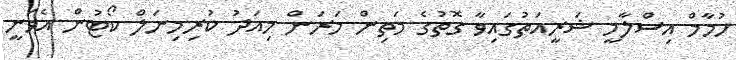
ހުމާމް އިސްލާމީ ޝަރީއަތުގައިވާ ގޮތުގެ މަތިން މަރަން މިއަދު ކުރިމިނަލް ކޯޓުން އެވަނީ